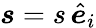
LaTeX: \boldsymbol{s}=s\, \hat{\boldsymbol{e}}_{i}